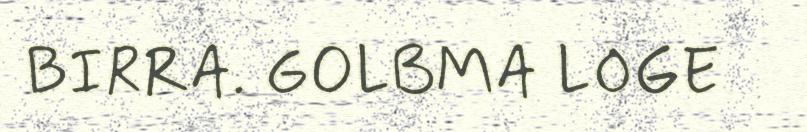
BIRRA. GOLBMA LOGE